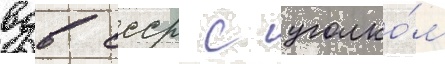
вдв ссср с уголко́м